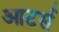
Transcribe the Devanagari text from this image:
आटर्स